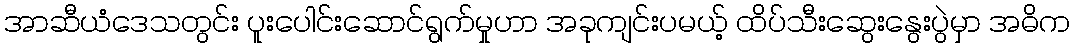
အာဆီယံဒေသတွင်း ပူးပေါင်းဆောင်ရွက်မှုဟာ အခုကျင်းပမယ့် ထိပ်သီးဆွေးနွေးပွဲမှာ အဓိက